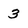
Character: 3